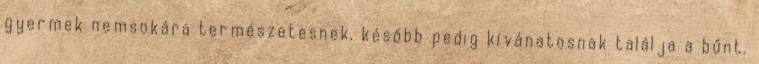
gyermek nemsokára természetesnek, később pedig kívánatosnak találja a bűnt.